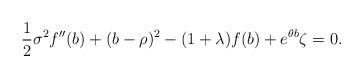
LaTeX: \begin{align*}{1\over 2}\sigma^2f''(b) + (b-\rho)^2-(1+\lambda) f(b)+e^{\theta b}\zeta=0.\end{align*}